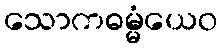
သောကဓမ္မံယေဝ